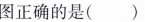
图正确的是 ( )